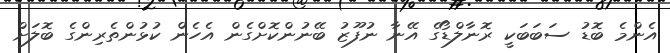
އެންމެ ބޮޑު ސަބަބަކީ ރޮނާލްޑޯގެ އޭނާ ނުފޫޒު ބޭނުންކޮށްގެން އެހެން ކުޅުންތެރިންގެ ބޮލަށް